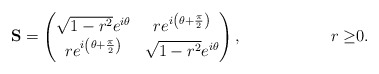
\begin{align*}\mathbf{S} & = \begin{pmatrix}\sqrt{1 - r^2} e^{i\theta}& re^{i\left(\theta + \frac{\pi}{2}\right)}\\re^{i\left(\theta + \frac{\pi}{2}\right)} & \sqrt{1 - r^2} e^{i\theta}\end{pmatrix},& r \geq& 0. \end{align*}